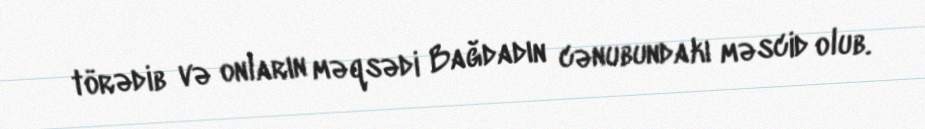
törədib və onların məqsədi Bağdadın cənubundakı məscid olub.